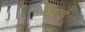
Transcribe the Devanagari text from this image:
बँटाई